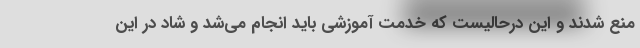
منع شدند و این درحالیست که خدمت آموزشی باید انجام می‌شد و شاد در این